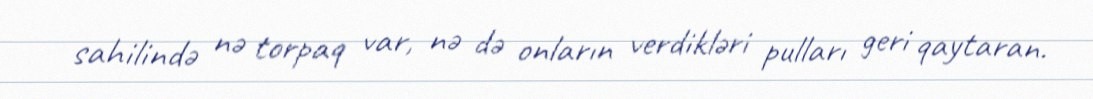
sahilində nə torpaq var, nə də onların verdikləri pulları geri qaytaran.